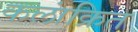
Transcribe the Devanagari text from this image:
कलांक्रित